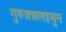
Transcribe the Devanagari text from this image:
गुरुजन्नलइयुन